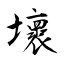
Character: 壞